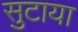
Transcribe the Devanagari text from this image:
सुटाया